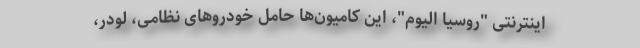
اینترنتی "روسیا الیوم"، این کامیون‌ها حامل خودروهای نظامی، لودر،